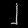
Digit: ၂